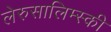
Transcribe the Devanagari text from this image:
लेरुसालिम्स्की